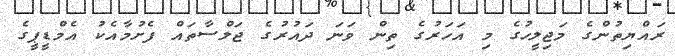
ރައްޔިތުންގެ މަޖިލީހުގެ މި އަހަރުގެ ތިން ވަނަ ދައުރުގެ ޖަލްސާތައް ފެށުމާއެކު އެމްޑީޕީގެ